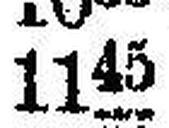
1145